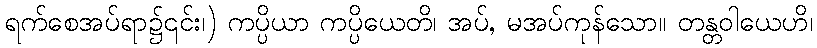
ရက်စေအပ်ရာ၌၎င်း၊) ကပ္ပိယာ ကပ္ပိယေတိ၊ အပ်, မအပ်ကုန်သော။ တန္တဝါယေဟိ၊